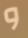
و